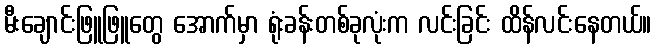
မီးချောင်းဖြူဖြူတွေ အောက်မှာ ရုံးခန်းတစ်ခုလုံးက လင်းခြင်း ထိန်လင်းနေတယ်။